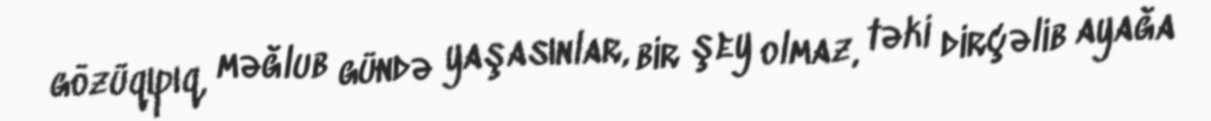
gözüqıpıq, məğlub gündə yaşasınlar, bir şey olmaz, təki dirçəlib ayağa